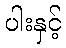
ပါးနှင့်